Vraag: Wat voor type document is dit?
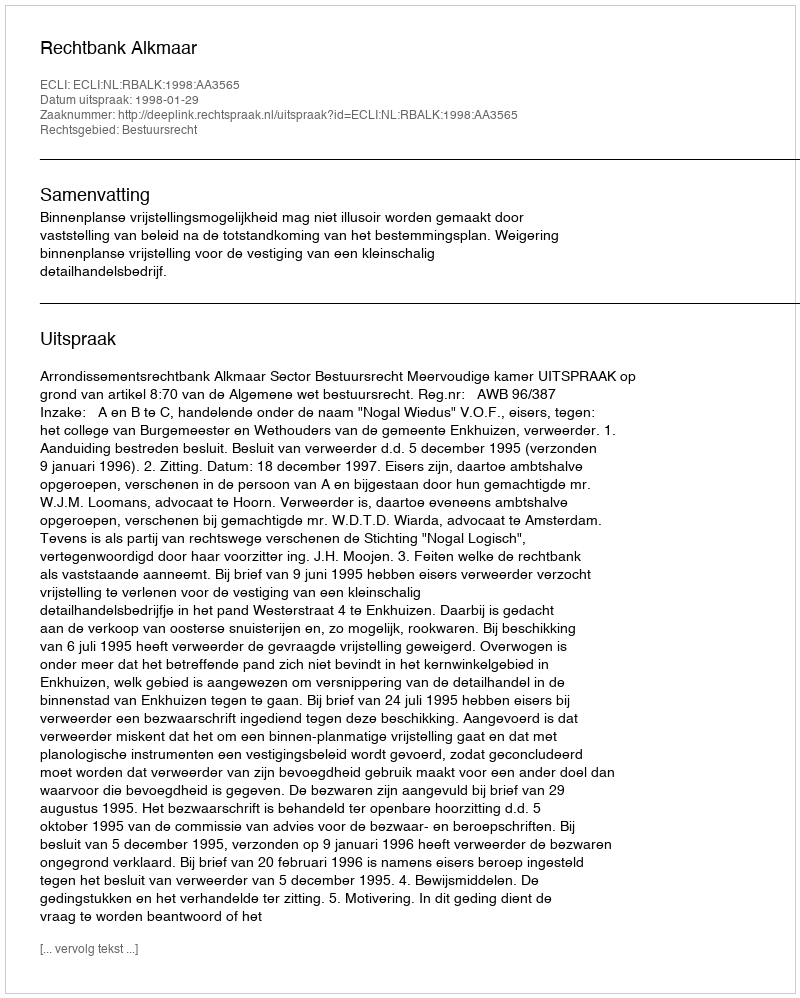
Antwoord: Uitspraak